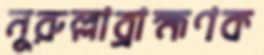
নুরুল্লাব্রাহ্মণক